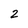
Character: 2